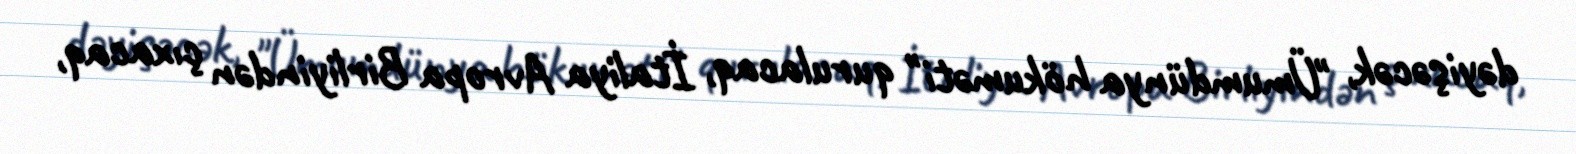
dəyişəcək, "Ümumdünya hökuməti" qurulacaq, İtaliya Avropa Birliyindən çıxacaq,